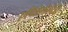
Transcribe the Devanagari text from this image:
एपिडेमोलॉजी